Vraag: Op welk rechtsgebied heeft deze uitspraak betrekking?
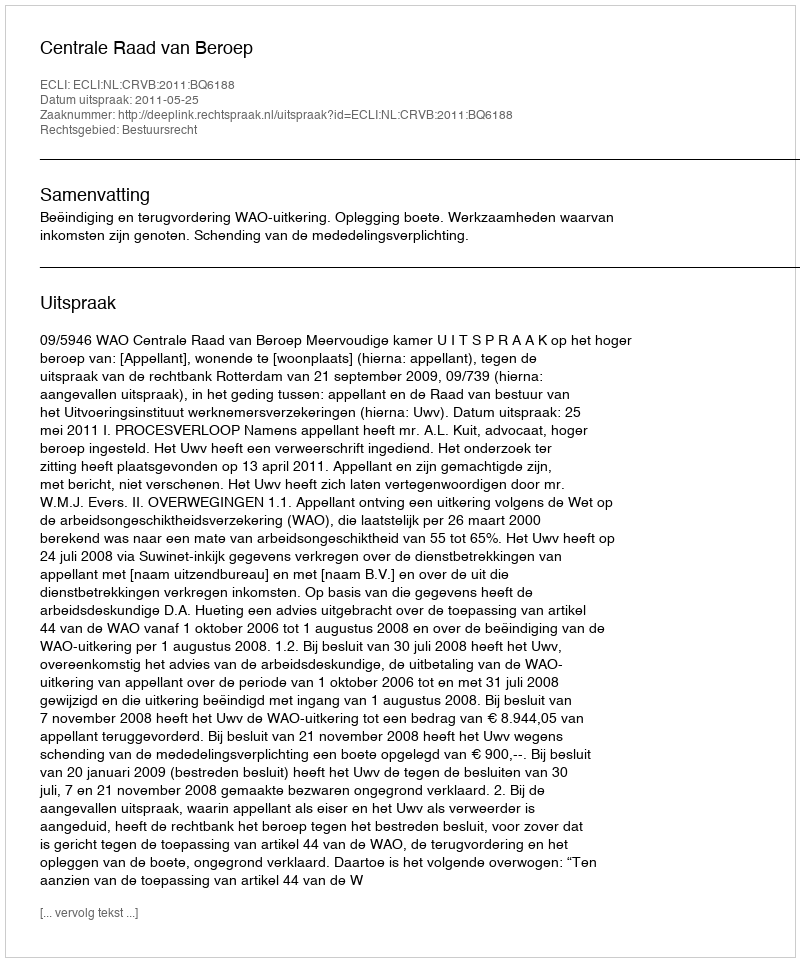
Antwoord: Bestuursrecht